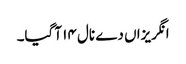
انگریزاں دے نال ١٤ آ گیا۔